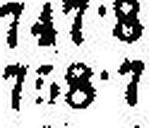
758•7